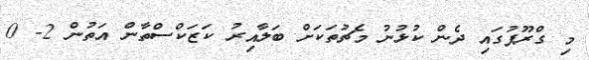
މި ގްރޫޕުގައި ދެން ކުޅުނު މެޗުތަކަށް ބަލާއިރު ކަޒަކްސްތާން އަތުން 2- 0